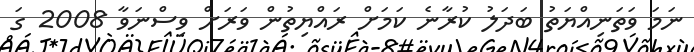
ނަމަ ވަތަނިއްޔަތު ބަދަލު ކުރާނެ ކަމަށް ރައްޔިތުން ވަރަށް ވިސްނަވާ 2008 ގަ